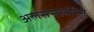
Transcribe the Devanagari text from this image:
अलससलोरेन